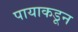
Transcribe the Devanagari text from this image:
पायाकडून